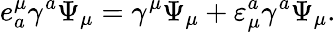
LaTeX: e_{a}^{\mu}\gamma^{a}\Psi_{\mu}=\gamma^{\mu}\Psi_{\mu}+\varepsilon_{\mu}^{a}\gamma^{a}\Psi_{\mu}.